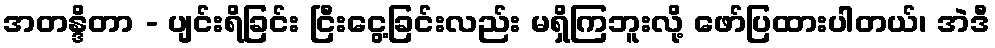
အတန္ဒိတာ - ပျင်းရိခြင်း ငြီးငွေ့ခြင်းလည်း မရှိကြဘူးလို့ ဖော်ပြထားပါတယ်၊ အဲဒီ